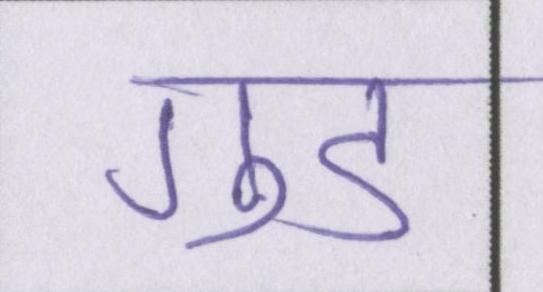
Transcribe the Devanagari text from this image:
गुड